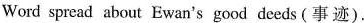
Word spread about Ewan's good deeds (事迹).